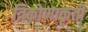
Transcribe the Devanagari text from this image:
त्रिकोणाकृती